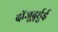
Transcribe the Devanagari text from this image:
दॉजूर्द्हुई